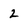
Character: 2